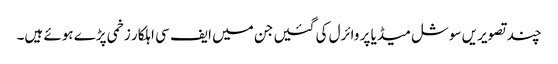
چند تصویریں سوشل میڈیا پر وائرل کی گئیں جن میں ایف سی اہلکار زخمی پڑے ہوئے ہیں۔